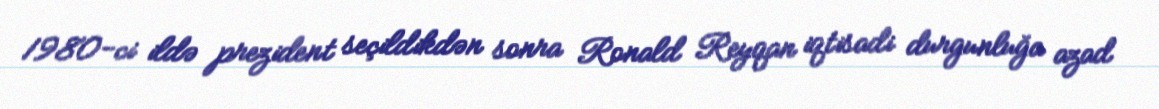
1980-ci ildə prezident seçildikdən sonra Ronald Reyqan iqtisadi durgunluğa azad